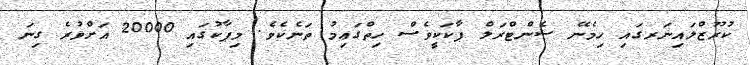
ކުރޫޒްލައިނަރގައި ހިމެނޭ ސެންޓްރަލް ޕާކަކީވެސް ހިތްގަޢިމު ތަނެކެވެ. މިޕާކުގައި 20000 އަށްވުރެ ގިނަ